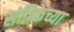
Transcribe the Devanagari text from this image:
संत्रिकेच्या